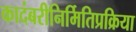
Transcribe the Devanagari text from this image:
कादंबरीनिर्मितिप्रक्रिया